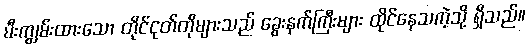
မီးကျွမ်းထားသော တိုင်ငုတ်တိုများသည် ခွေးနက်ကြီးများ ထိုင်နေသကဲ့သို့ ရှိသည်။